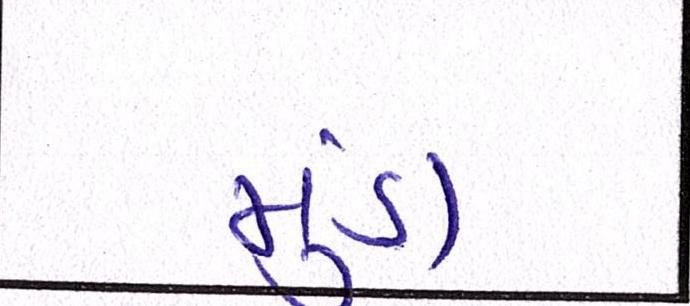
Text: મુંડા